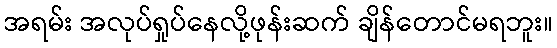
အရမ်း အလုပ်ရှုပ်နေလို့ဖုန်းဆက် ချိန်တောင်မရဘူး။